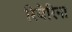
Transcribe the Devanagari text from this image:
रिवेरिना